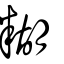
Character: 糊